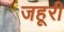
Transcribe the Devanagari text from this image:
जहूरी